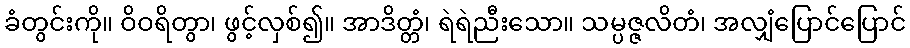
ခံတွင်းကို။ ဝိဝရိတွာ၊ ဖွင့်လှစ်၍။ အာဒိတ္တံ၊ ရဲရဲညီးသော။ သမ္ပဇ္ဇလိတံ၊ အလျှံပြောင်ပြောင်